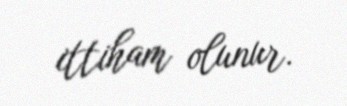
ittiham olunur.